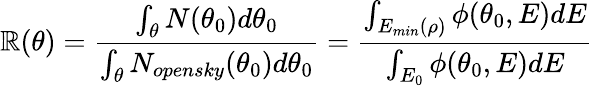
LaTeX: \mathbb{R}(\theta)=\frac{{\int_{\theta}N(\theta_{0})d\theta_{0}}}{{\int_{\theta}N_{opensky}(\theta_{0})d\theta_{0}}}=\frac{{\int_{E_{min}(\rho)}\phi(\theta_{0},E)dE}}{{\int_{E_{0}}\phi(\theta_{0},E)dE}}